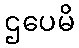
ဌပေမိ